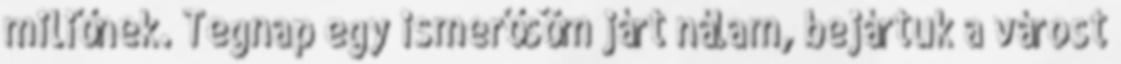
miliőnek. Tegnap egy ismerősöm járt nálam, bejártuk a várost